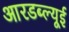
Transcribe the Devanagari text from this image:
आरडब्ल्यूई